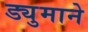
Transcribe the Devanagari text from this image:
ड्युमाने